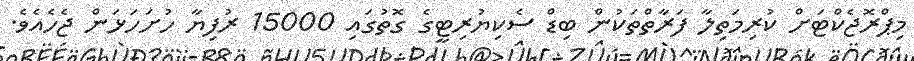
މިޕްރޮޖެކްޓަށް ކުރިމަތިލާ ފަރާތްތަކުން ބިޑް ސެކިޔުރިޓީގެ ގޮތުގައި 15000 ރުފިޔާ ހުށަހަޅަން ޖެހެއެވެ.